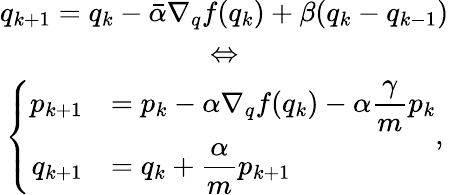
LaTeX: \begin{array}{c}{q_{k+1}=q_{k}-\bar{\alpha}\nabla_{q}f(q_{k})+\beta(q_{k}-q_{k-1})}\\ {\Leftrightarrow}\\ {\left\{ \begin{array}{rl}{p_{k+1}}&{=\displaystyle p_{k}-\alpha\nabla_{q}f(q_{k})-\alpha\frac{\gamma}{m}p_{k}}\\ {q_{k+1}}&{=\displaystyle q_{k}+\frac{\alpha}{m}p_{k+1}}\end{array}\right.,}\end{array}